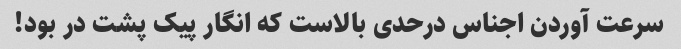
سرعت آوردن اجناس درحدی بالاست که انگار پیک پشت در بود!